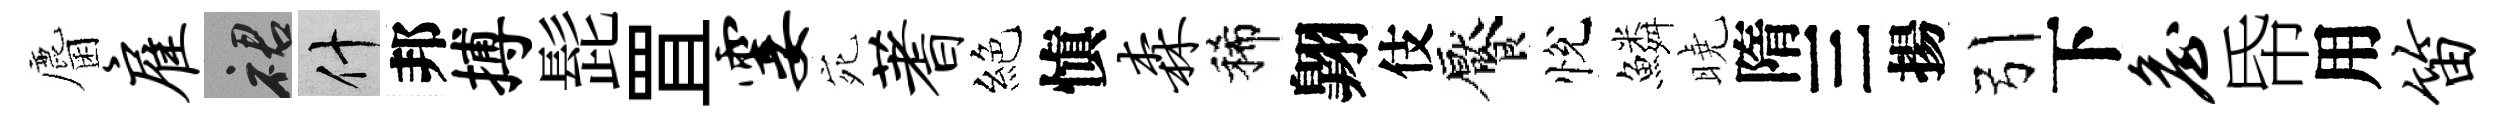
麕雇裙什邦搏髭罝霎宛蓍絕愼森稀翺伎饜悅鱗曉隋三揚引下詹帋用笛